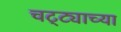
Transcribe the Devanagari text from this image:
चट्ट्याच्या